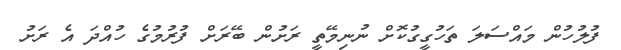
ފުލުހުން މައްސަލަ ތަހުގީގުކޮށް ނުނިމޭތީ ރަށުން ބޭރަށް ފުރުމުގެ ހުއްދަ އެ ރަށު